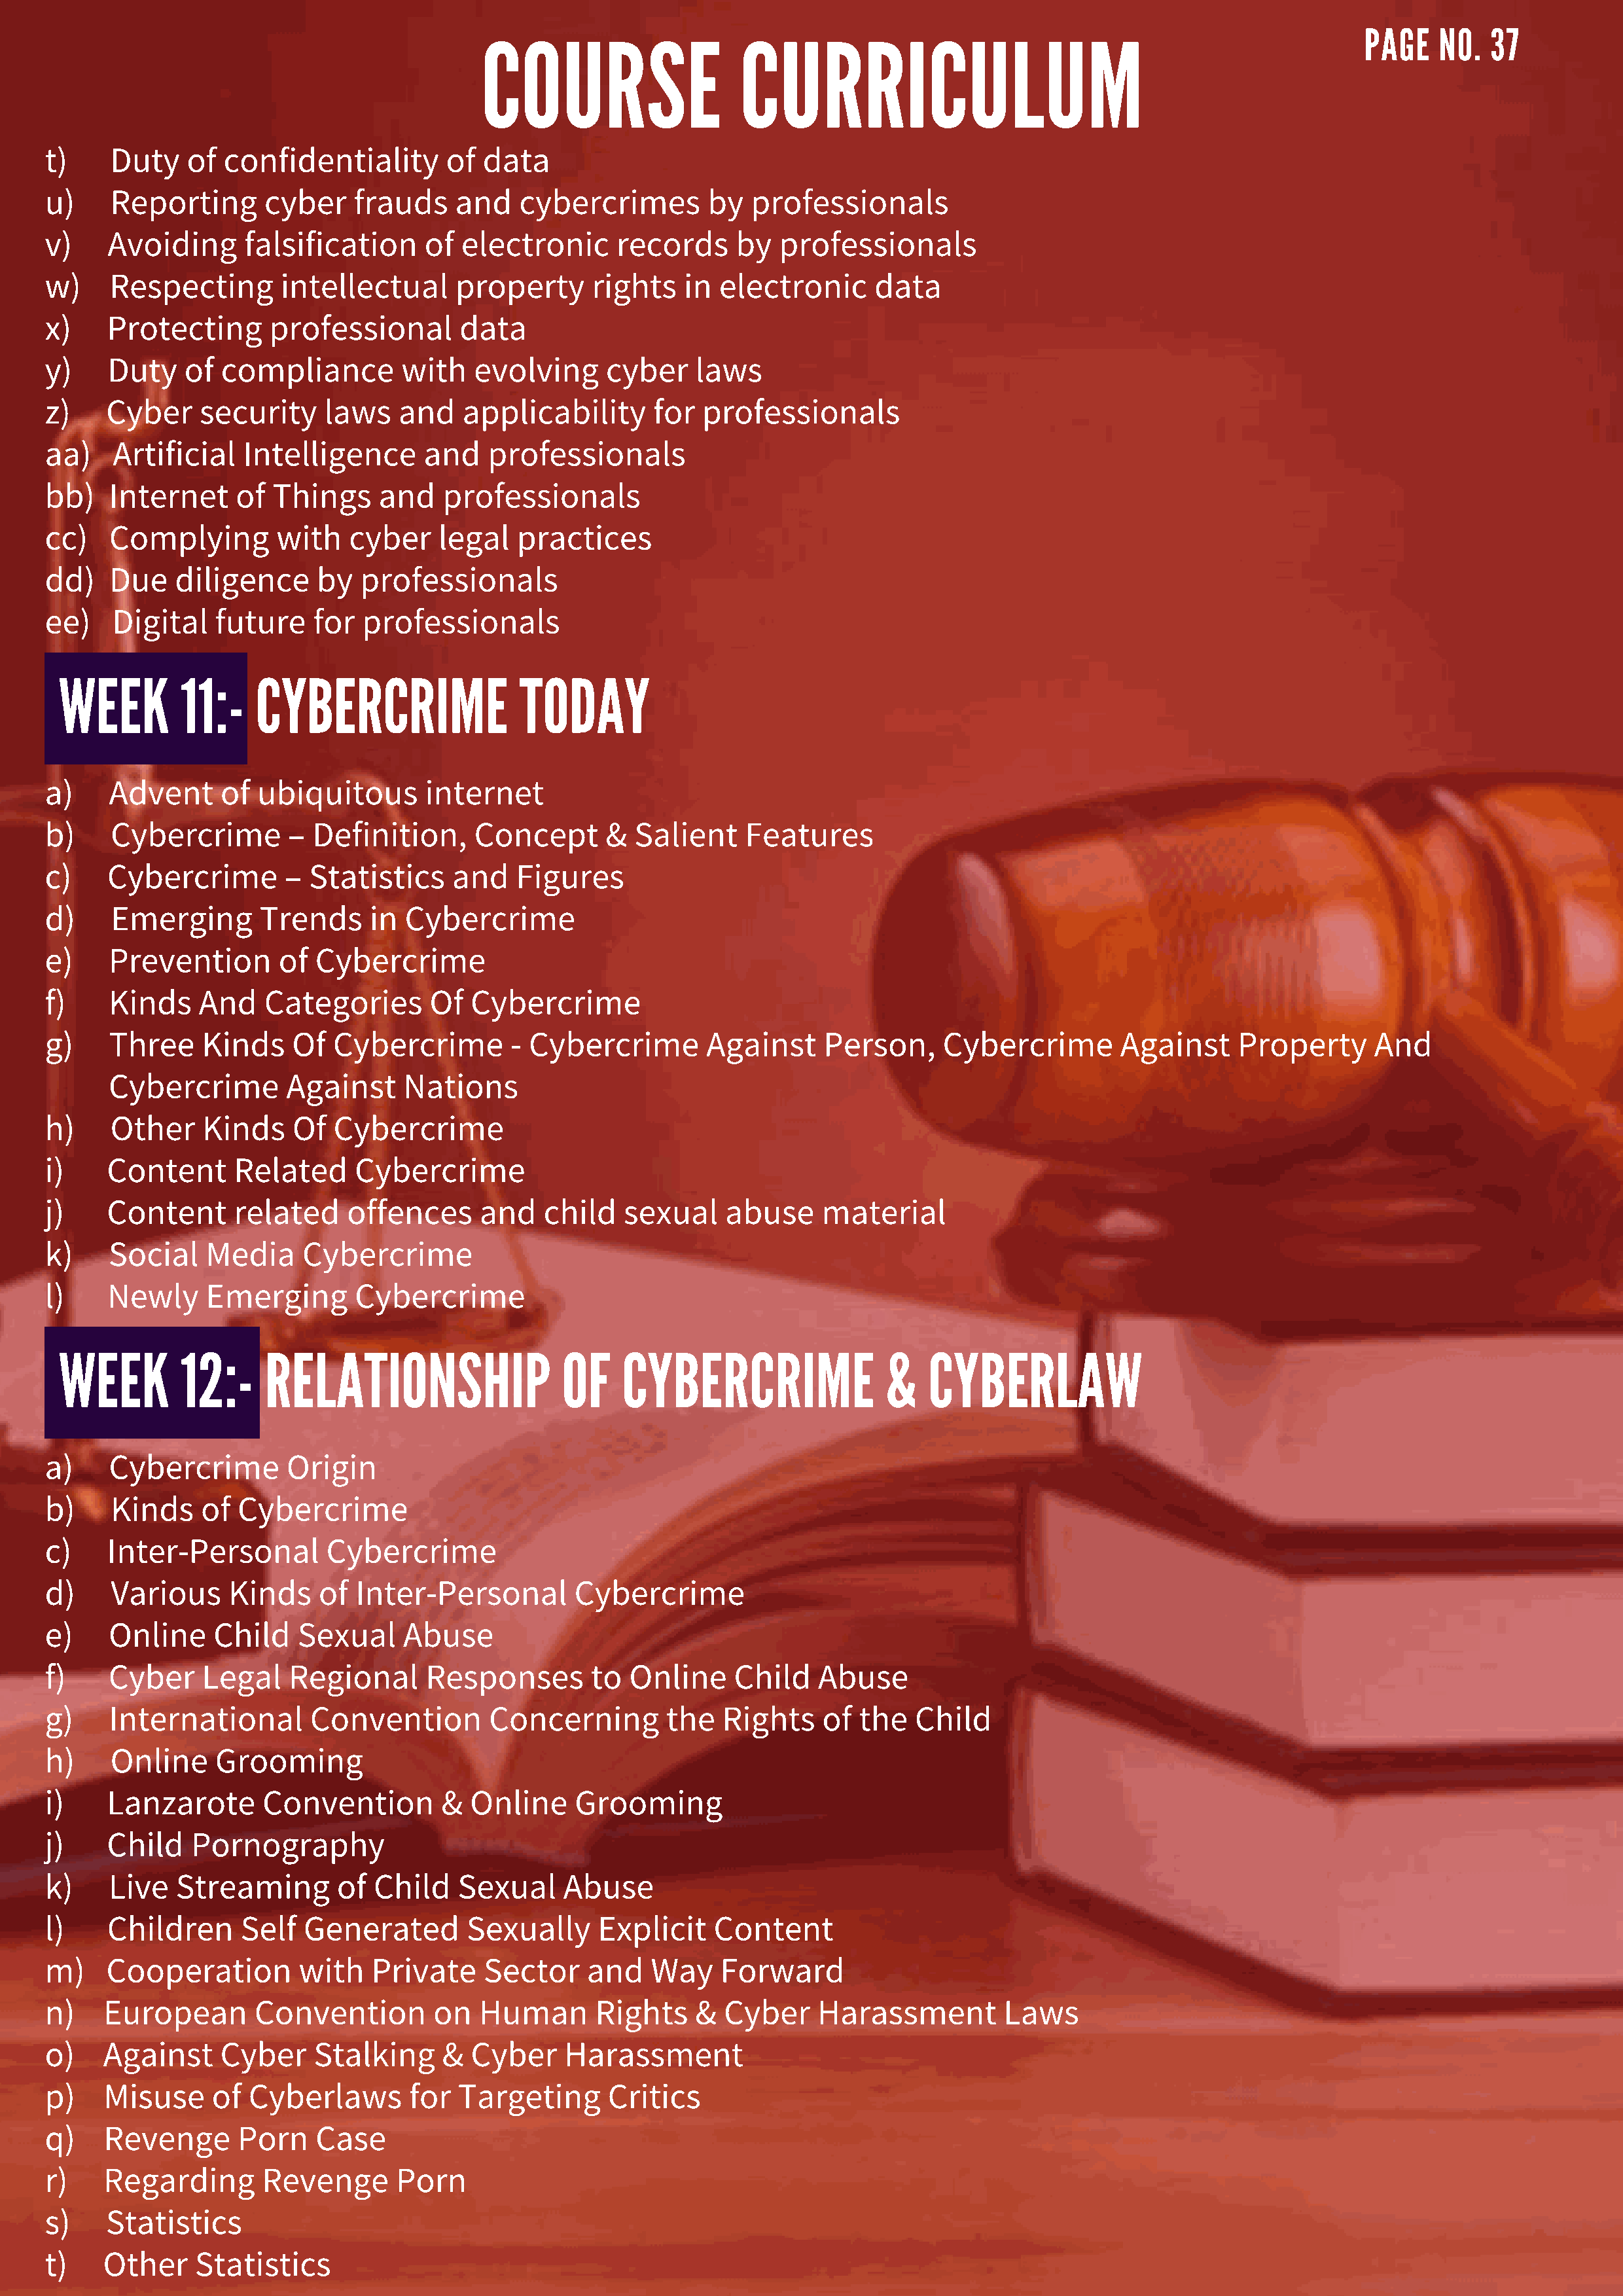
COURSE                    CURRICULUM
 PAGE    NO.  37
 t)    Duty    of  confidentiality       of  data
 u)    Reporting       cyber    frauds    and    cybercrimes        by  professionals
 v)    Avoiding      falsification     of  electronic     records     by   professionals
 w)    Respecting       intellectual      property      rights   in  electronic     data
 x)    Protecting      professional       data
 y)    Duty    of compliance         with   evolving     cyber    laws
 z)    Cyber    security     laws   and    applicability      for  professionals
 aa)   Artificial    Intelligence      and   professionals
 bb)   Internet     of  Things    and    professionals
 cc)   Complying        with   cyber    legal   practices
 dd)   Due    diligence     by  professionals
 ee)   Digital    future    for  professionals
 WEEK        11:-    CYBERCRIME                 TODAY
 a)    Advent     of  ubiquitous       internet
 b)    Cybercrime        –  Definition,     Concept      &  Salient    Features
 c)    Cybercrime        – Statistics     and   Figures
 d)    Emerging       Trends     in  Cybercrime
 e)    Prevention       of  Cybercrime
 f)    Kinds    And    Categories      Of   Cybercrime
 g)    Three    Kinds     Of  Cybercrime        - Cybercrime       Against     Person,     Cybercrime        Against     Property      And
 Cybercrime        Against     Nations
 h)    Other    Kinds     Of  Cybercrime
 i)    Content      Related     Cybercrime
 j)    Content      related    offences      and   child   sexual    abuse     material
 k)    Social    Media     Cybercrime
 l)    Newly     Emerging       Cybercrime
 WEEK        12:-     RELATIONSHIP                  OF    CYBERCRIME                 &   CYBERLAW
 a)    Cybercrime        Origin
 b)    Kinds    of  Cybercrime
 c)    Inter-Personal        Cybercrime
 d)    Various     Kinds    of  Inter-Personal        Cybercrime
 e)    Online     Child   Sexual     Abuse
 f)    Cyber    Legal    Regional      Responses        to  Online    Child    Abuse
 g)    International       Convention        Concerning        the   Rights    of  the   Child
 h)    Online     Grooming
 i)    Lanzarote       Convention        &  Online    Grooming
 j)    Child   Pornography
 k)    Live   Streaming       of  Child   Sexual     Abuse
 l)    Children     Self   Generated       Sexually     Explicit    Content
 m)    Cooperation        with    Private    Sector    and    Way    Forward
 n)   European        Convention        on  Human       Rights    &  Cyber     Harassment         Laws
 o)   Against     Cyber     Stalking     &  Cyber    Harassment
 p)   Misuse     of  Cyberlaws       for  Targeting      Critics
 q)   Revenge       Porn    Case
 r)   Regarding       Revenge       Porn
 s)    Statistics
 t)   Other     Statistics